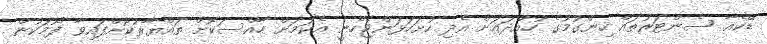
ޑޭކެއާ ސެންޓަރުތައް ހިންގުމުގެ ހުއްދައަށް އެދި ހުށަހަޅަންޖެހެނީ އެކަމަށް ހާއްސަކޮށް ތައްޔާރުކޮށްފައިވާ ފޯމަކުން